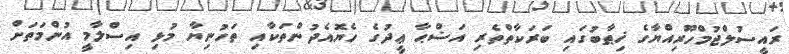
ރައީސުލްޖުމްހޫރިއްޔާގެ ޚިޠާބުގައި ބަރަކާތްތެރި އަޟްޙާ ޢީދުގެ ހެޔޮއެދުންތަކާއި ތަހުނިޔާ މުޅި އިސްލާމީ އުންމަތަށް